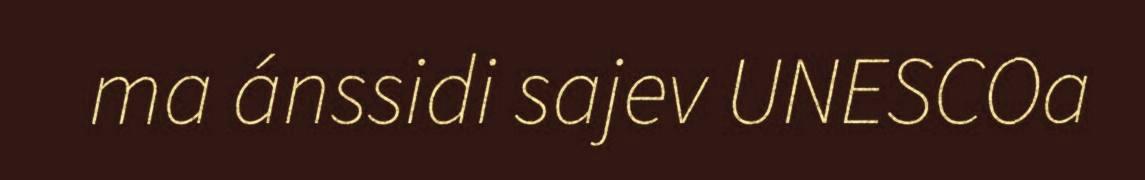
ma ánssidi sajev UNESCOa